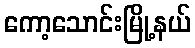
ကော့သောင်းမြို့နယ်